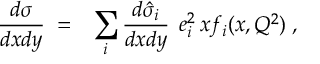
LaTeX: \frac { d \sigma } { d x d y } \; = \; \; \, \sum _ { i } \frac { d \hat { \sigma } _ { i } } { d x d y } \; \, e _ { i } ^ { 2 } \, x f _ { i } ( x , Q ^ { 2 } ) \; ,